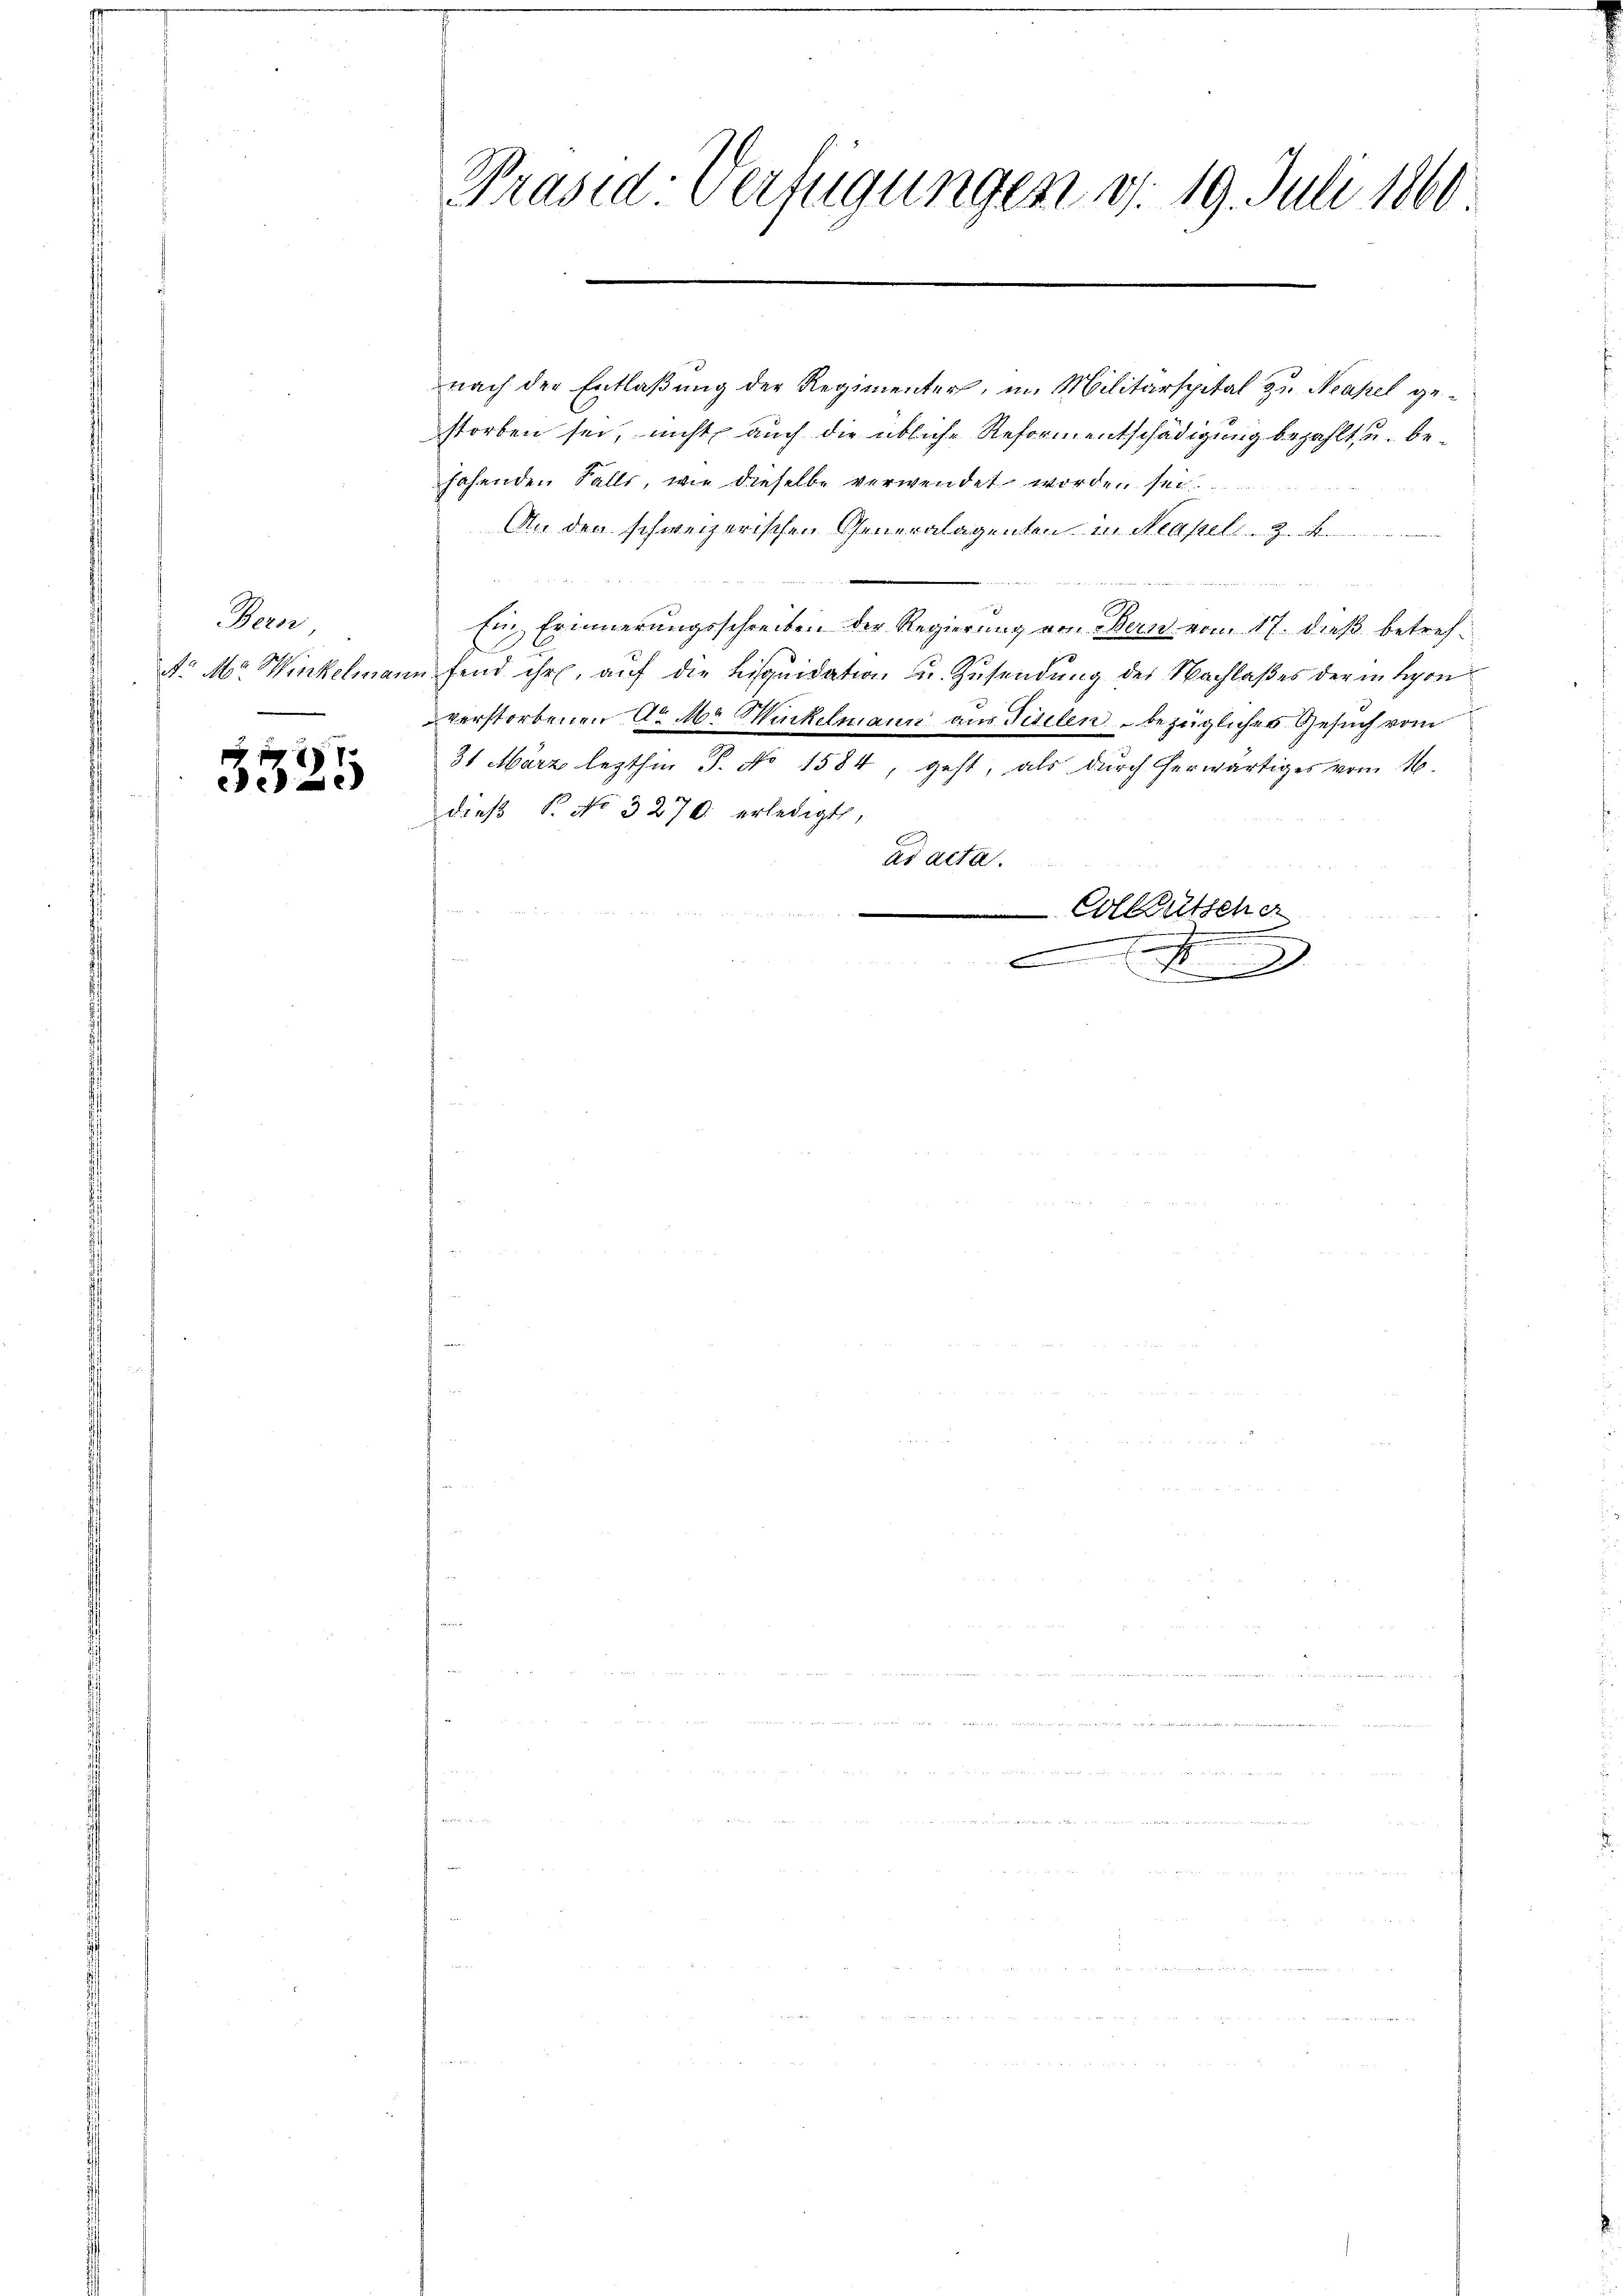
Bern

3525

Präsid: Verfügungen d. 19. Juli 1860

nach der Entlaßung der Regimenter, im Militärspital zu Neapel gestorben sei, nicht auch die übliche Reformentschädigung bezahlt, u. behahenden Falls, wie dieselbe verwendet worden sei
An den schweizerischen Generalagenten in Neapel. z.
¬
Ei mit 322

Ein Erinnerungsschreiben der Regierung von Bern vom 17. dieß betref¬
Nr Mr. Winkelmann fand ihr, auf die Liquidation u. Zusendung des Nachlaßes der in Leon
verstorbenen Ar Mr Wickelmann aus Tiselen bezügliches Gesuch vom
31 März lezthin P. No 1584, geht, als durch herwärtiges vom 16.
dieß P. No 3270. erledigt,
ad acta.

Colleutsche

.